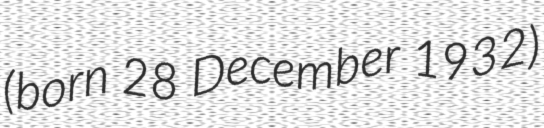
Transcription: (born 28 December 1932)